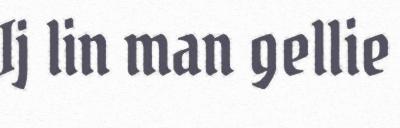
Ij lin man gellie